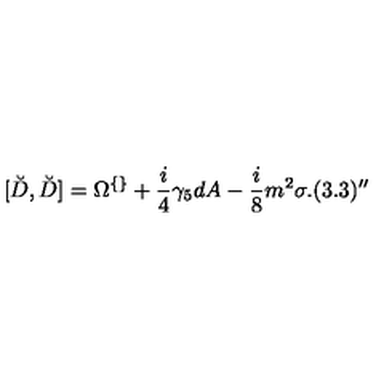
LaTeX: [ \breve { D } , \breve { D } ] = \Omega ^ { \{ \} } + \frac { i } { 4 } \gamma _ { 5 } d A - \frac { i } { 8 } m ^ { 2 } \sigma . ( 3 . 3 ) ^ { \prime \prime }